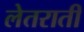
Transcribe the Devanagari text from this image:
लेतराती